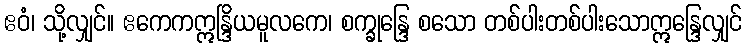
ဧဝံ၊ သို့လျှင်။ ဧကေကဣန္ဒြိယမူလကေ၊ စက္ခုန္ဒြေ စသော တစ်ပါးတစ်ပါးသောဣန္ဒြေလျှင်